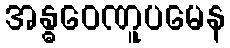
အန္ဓဝေဏူပမေန